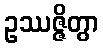
ဥဿဇ္ဇိတွာ